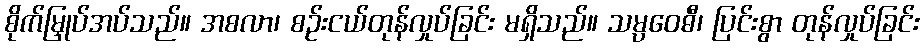
စိုက်မြှုပ်အပ်သည်။ အစလာ၊ စဉ်းငယ်တုန်လှုပ်ခြင်း မရှိသည်။ သမ္ပဝေဓီ၊ ပြင်းစွာ တုန်လှုပ်ခြင်း